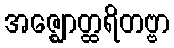
အဇ္ဈောတ္ထရိတဗ္ဗာ